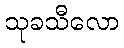
သုခသီလော